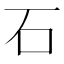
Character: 石